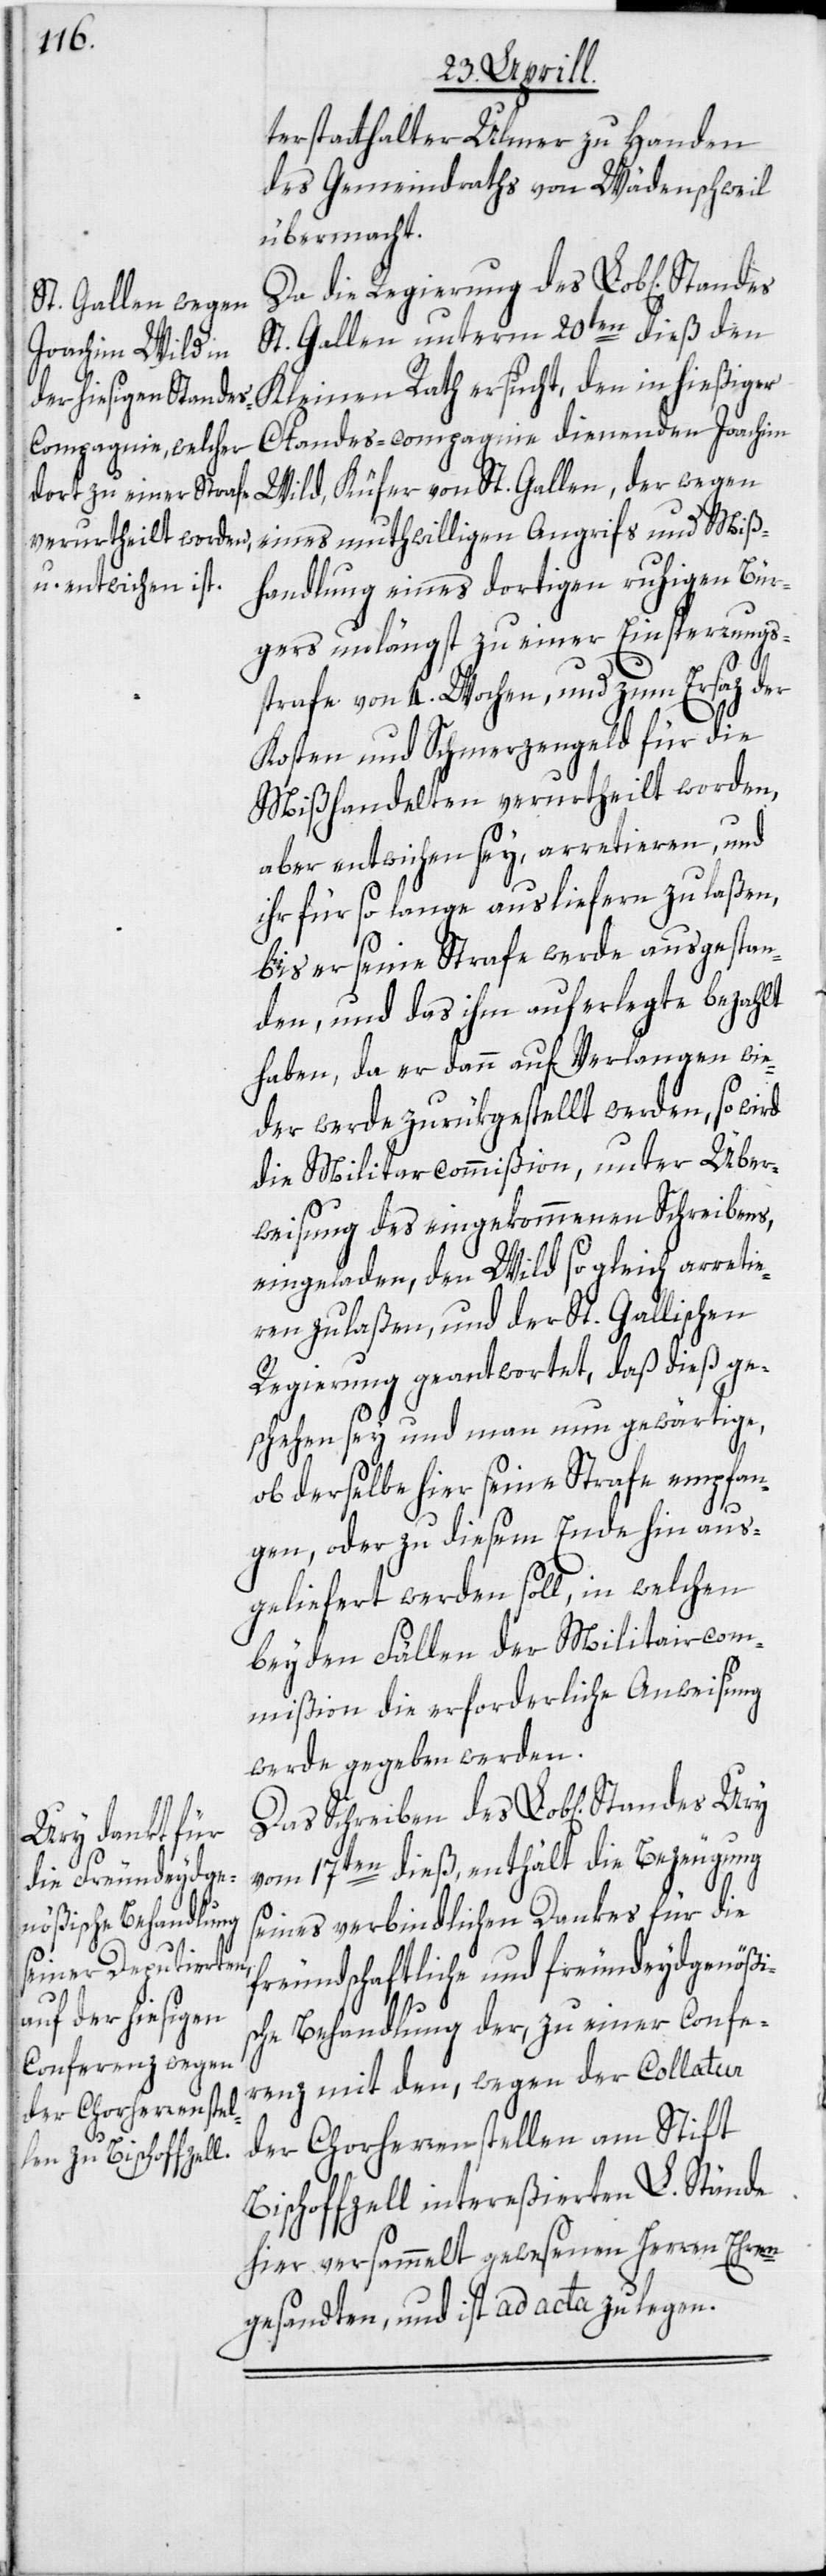
terstatthalter Ulmer zu Handen
des Gemeindraths von Wädenschweil
übermacht.
Da die Regierung des Lob[lichen]
St. Gallen, der
St. Gallen unterm 20ten dieß den
Kleinen Rath ersucht, den in hießiger
Standes-compagnie dienenden Joachim
eines muthwilligen Angrif[f]s und Miß¬
handlung eines dortigen ruhigen Bür¬
gers unlängst zu einer Einsperrungs¬
strafe von 4. Wochen, und zum Ersaz der
Kosten und Schmerzengeld für die
Mißhandelten verurtheilt worden,
aber entwichen sey, arretieren, und
ihr für so lange ausliefern zu laßen,
bis er seine Strafe werde ausgestan¬
den, und das ihm auferlegte bezahlt
haben, da er dann auf Verlangen wie¬
der werde zurükgestellt werden, so wird
die Militarcommißion, unter Über¬
weisung des eingekommenen Schreibens,
eingeladen, den Wild sogleich arretie¬
ren zu laßen, und der St. Gallischen
Regierung geantwortet, daß dieß ge¬
schehen sey und man nun gewärtige,
ob derselbe hier seine Strafe empfan¬
s¬
gen, oder zu diesem Ende hin aus¬
geliefert werden soll, in welchen
beyden Fällen der Militaircom¬
mißion die erforderliche Anweisung
werde gegeben werden.
Das Schreiben des Lob[lichen] Stan¬
vom 17ten dieß, enthält die Bezeugung
seines verbindlichen Dankes für die
freundschaftliche und freundeydgenößi¬
che Behandlung der, zu einer Confe¬
renz mit den, wegen der Collatur
der Chorherrenstellen am Stift
Bischoffzell intereßierten L. Stände
hier versammelt gewesenen Herren Ehren¬
gesandten, und ist ad acta zu legen.